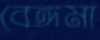
বেঙ্গমা